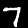
Label: 7